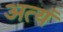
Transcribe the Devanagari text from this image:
अत्यं